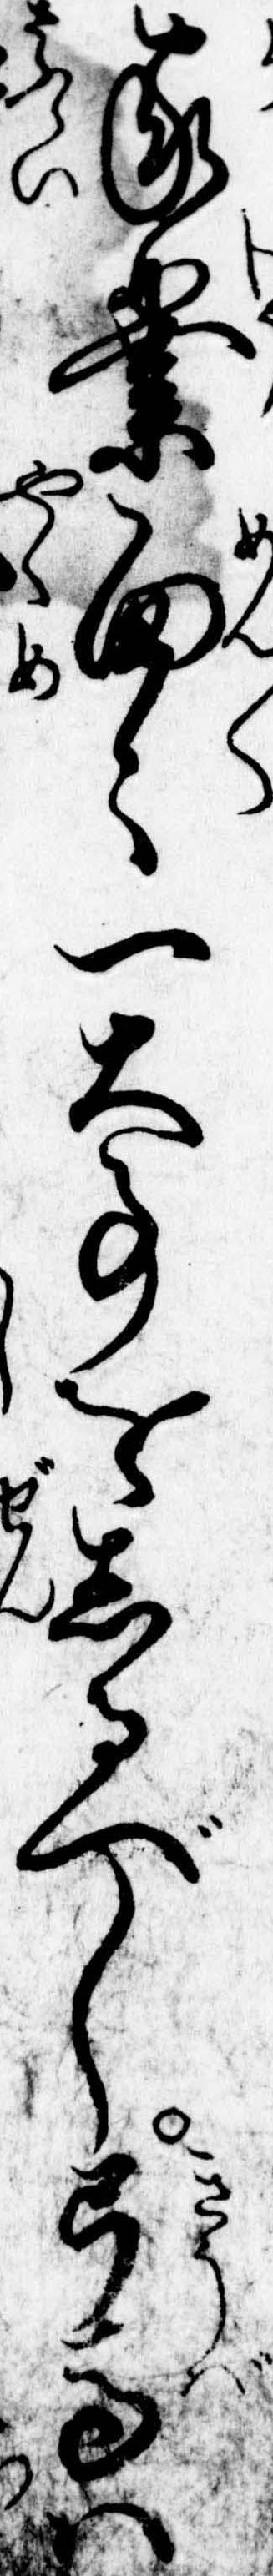
家業面々一大事をしるべし弓馬は